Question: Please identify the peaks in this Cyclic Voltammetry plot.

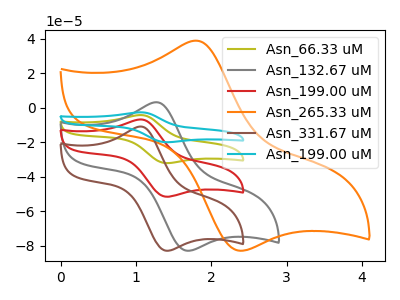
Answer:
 <answer>The olive curve "Asn_66.33 uM" has an anodic peak at (1.05V, -13.55uA) and a cathodic peak at (1.40V, -103.25uA). The gray curve "Asn_132.67 uM" has an anodic peak at (1.30V, 3.25uA) and a cathodic peak at (1.70V, -83.00uA). The red curve "Asn_199.00 uM" has an anodic peak at (1.05V, -6.75uA) and a cathodic peak at (1.40V, -51.65uA). The orange curve "Asn_265.33 uM" has an anodic peak at (1.80V, 38.95uA) and a cathodic peak at (2.40V, -83.00uA). The brown curve "Asn_331.67 uM" has an anodic peak at (1.05V, -10.90uA) and a cathodic peak at (1.40V, -83.00uA). The cyan curve "Asn_199.00 uM" has an anodic peak at (1.05V, -20.30uA) and a cathodic peak at (1.40V, -154.90uA).</answer>
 <eval></eval>